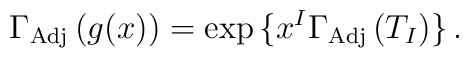
\Gamma_{\rm Adj}\,(g(x))=\exp{\{x^{I}\Gamma_{\rm Adj}\,(T_{I})\}}  \, .